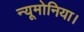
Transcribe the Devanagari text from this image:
न्यूमोनिया।